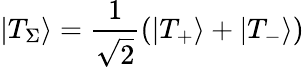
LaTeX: \left|{{T_{\Sigma}}}\right\rangle=\frac{1}{{\sqrt 2}}\left({\left|{{T_{+}}}\right\rangle+\left|{{T_{-}}}\right\rangle}\right)